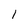
Character: l